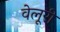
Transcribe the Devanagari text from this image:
वेलूरी